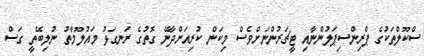
ސްކޫލްތަކުގެ ޕްރިންސިޕަލުންނާއި ޓީޗަރުންނަށްވެސް މިކަން ކުރިއަށްދާނޭ ގޮތުގެ ރަނގަޅު މައުލޫމާތު ނުލިބޭތީ ގަސް